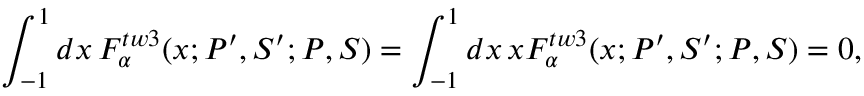
\int _ { - 1 } ^ { 1 } d x \, { \cal F } _ { \alpha } ^ { t w 3 } ( x ; P ^ { \prime } , S ^ { \prime } ; P , S ) = \int _ { - 1 } ^ { 1 } d x \, x { \cal F } _ { \alpha } ^ { t w 3 } ( x ; P ^ { \prime } , S ^ { \prime } ; P , S ) = 0 ,